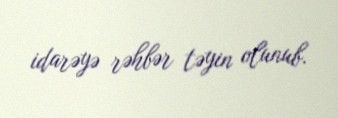
idarəyə rəhbər təyin olunub.